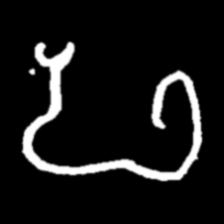
Pyu character \u2014 Myanmar letter: ဖ (romanized: pha)